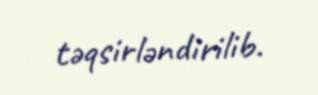
təqsirləndirilib.